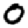
Digit: 0